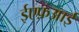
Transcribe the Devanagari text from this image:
ईएफ़आई